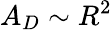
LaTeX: A_{D}\sim R^{2}